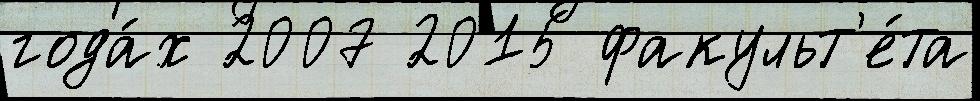
года́х 2007 2015 факульт'е́та